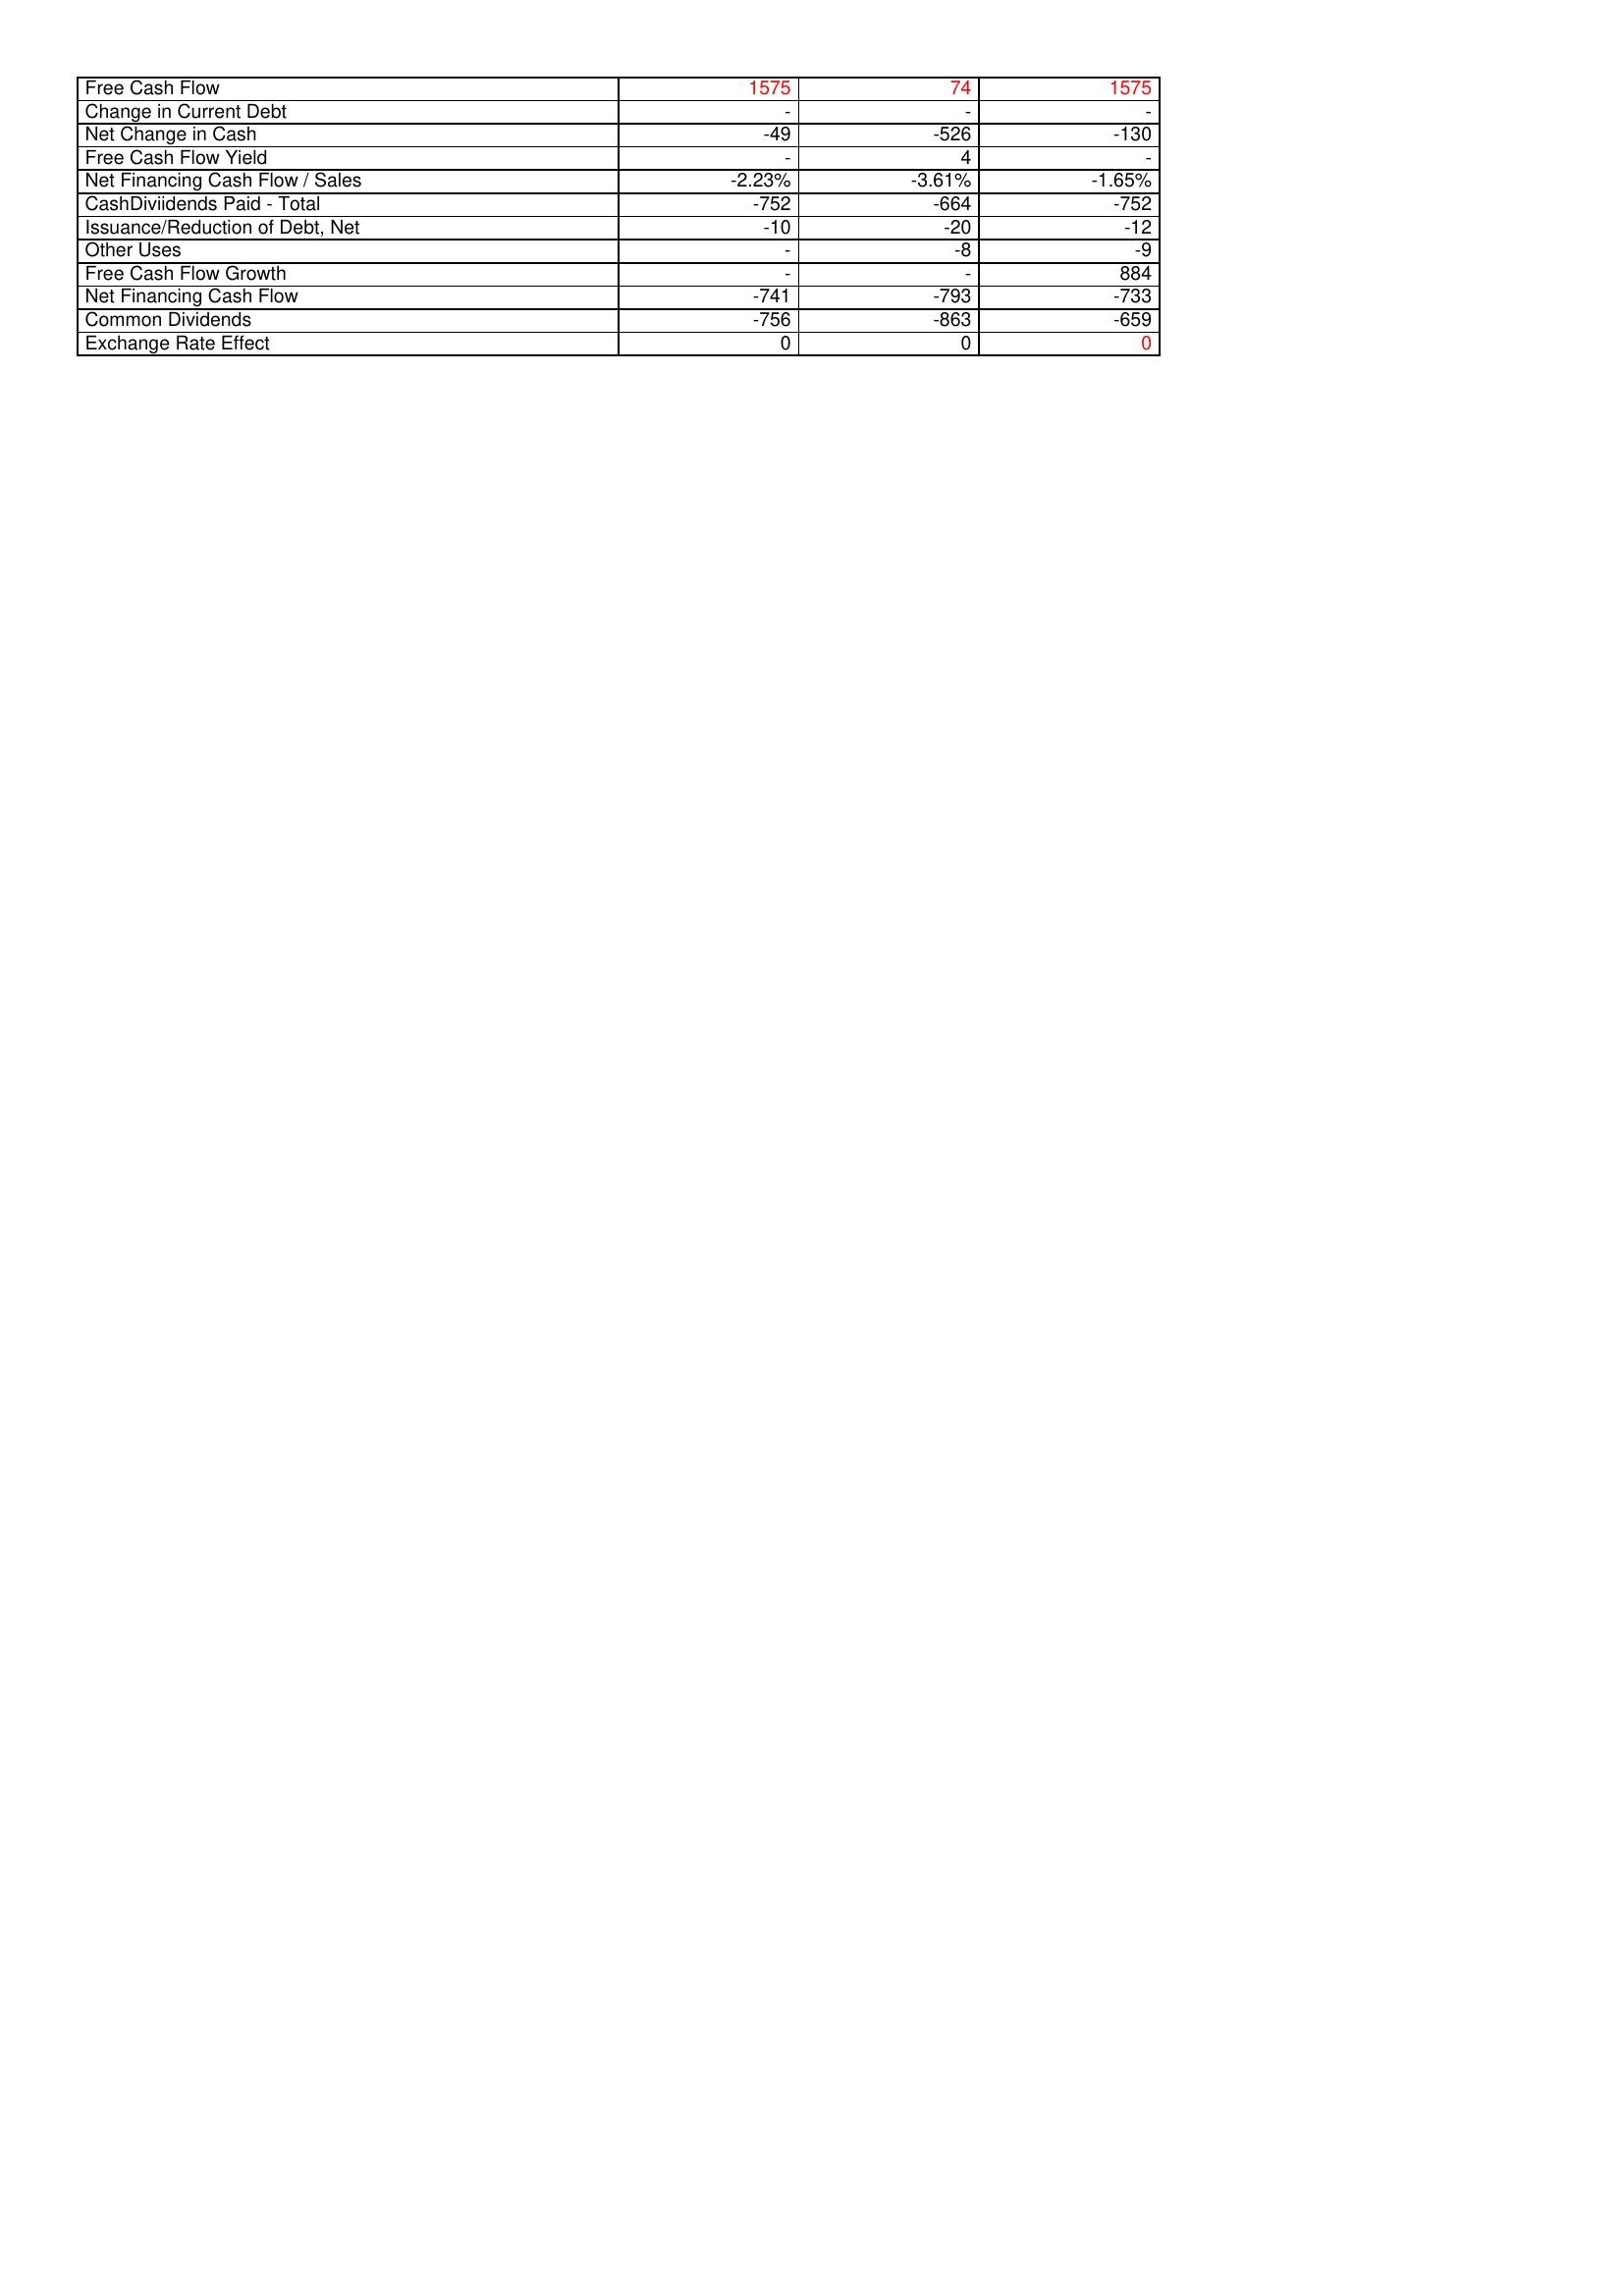
gt_parse: 2008: Financing Activities: Free Cash Flow: 1575
Change in Current Debt: -
Net Change in Cash: -49
Free Cash Flow Yield: -
Net Financing Cash Flow / Sales: -2.23%
CashDiviidends Paid - Total: -752
Issuance/Reduction of Debt, Net: -10
Other Uses: -
Free Cash Flow Growth: -
Net Financing Cash Flow: -741
Common Dividends: -756
Exchange Rate Effect: 0
2007: Financing Activities: Free Cash Flow: 74
Change in Current Debt: -
Net Change in Cash: -526
Free Cash Flow Yield: 4
Net Financing Cash Flow / Sales: -3.61%
CashDiviidends Paid - Total: -664
Issuance/Reduction of Debt, Net: -20
Other Uses: -8
Free Cash Flow Growth: -
Net Financing Cash Flow: -793
Common Dividends: -863
Exchange Rate Effect: 0
2006: Financing Activities: Free Cash Flow: 1575
Change in Current Debt: -
Net Change in Cash: -130
Free Cash Flow Yield: -
Net Financing Cash Flow / Sales: -1.65%
CashDiviidends Paid - Total: -752
Issuance/Reduction of Debt, Net: -12
Other Uses: -9
Free Cash Flow Growth: 884
Net Financing Cash Flow: -733
Common Dividends: -659
Exchange Rate Effect: 0